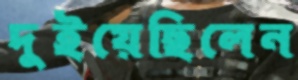
দুইয়েছিলেন